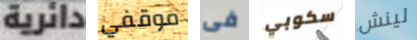
دائرية موقفي فى سكوبي لينش